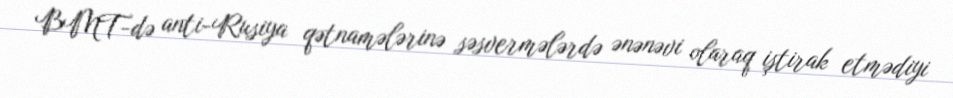
BMT-də anti-Rusiya qətnamələrinə səsvermələrdə ənənəvi olaraq iştirak etmədiyi